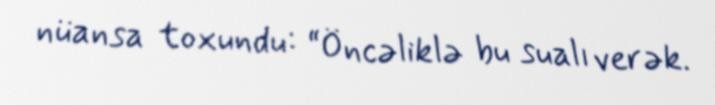
nüansa toxundu: “Öncəliklə bu sualı verək.